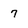
Character: 7